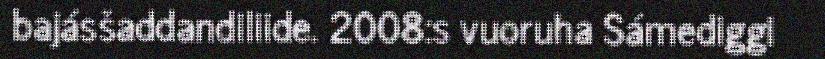
bajásšaddandiliide. 2008:s vuoruha Sámediggi